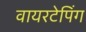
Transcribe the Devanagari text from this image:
वायरटेपिंग